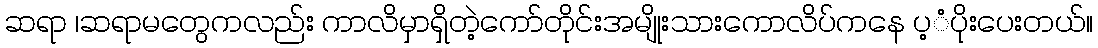
ဆရာ ၊ဆရာမတွေကလည်း ကာလိမှာရှိတဲ့ကော်တိုင်းအမျိုးသားကောလိပ်ကနေ ပ့ံပိုးပေးတယ်။